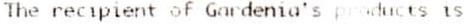
THE RECIPIENT OF GARDENIA'S PRODUCTS IS